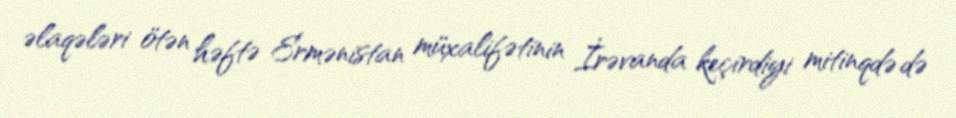
əlaqələri ötən həftə Ermənistan müxalifətinin İrəvanda keçirdiyi mitinqdə də